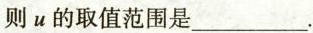
则u的取值范围是___.